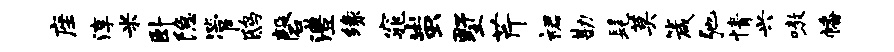
座淳米卧隐管鸱磬澧缘窕蚩墅芹裙勘髦莫箴弛情兴嗷幡